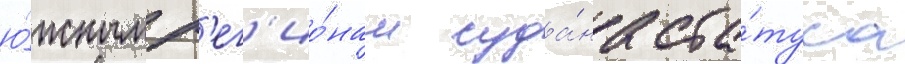
ю́жным р'ег'ио́нам суда́на ста́туса